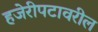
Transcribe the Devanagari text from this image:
हजेरीपटावरील